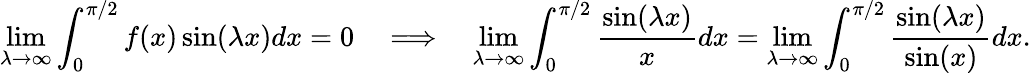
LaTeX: \operatorname*{lim}_{\lambda\to\infty}\int_{0}^{\pi/2}f(x)\sin(\lambda x)dx=0\quad\Longrightarrow\quad\operatorname*{lim}_{\lambda\to\infty}\int_{0}^{\pi/2}{\frac{\sin(\lambda x)}{x}}dx=\operatorname*{lim}_{\lambda\to\infty}\int_{0}^{\pi/2}{\frac{\sin(\lambda x)}{\sin(x)}}dx.